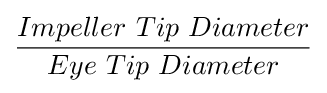
{\frac {Impeller\ Tip\ Diameter}{Eye\ Tip\ Diameter}}